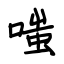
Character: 嗤